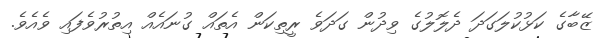
ޒޭބާގެ ކަޅުކުލަގަދަ ދެލޮލުގެ ވިދުން ގަދަވެ ރީތިކަން އެތައް ގުނައެއް އިތުރުވެފައި ވެއެވެ.